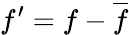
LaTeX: {f}^{\prime}=f-\overline{{f}}